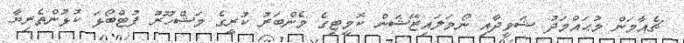
ޗެއާމަން މުޙައްމަދު ޝަވީދާއި ނޯމަލައިޒޭޝަން ކޮމީޓިގެ މެންބަރު ކުރީގެ މަޝްހޫރު ފުޓްބޯޅަ ކުޅުންތެރިޔާ